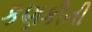
કણકીની